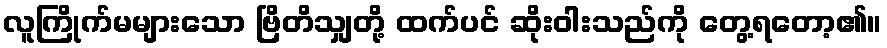
လူကြိုက်မများသော ဗြိတိသျှတို့ ထက်ပင် ဆိုးဝါးသည်ကို တွေ့ရတော့၏။